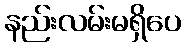
နည်းလမ်းမရှိပေ